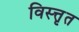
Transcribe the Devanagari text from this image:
विस्त्तृत